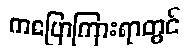
ကပြောကြားရာတွင်